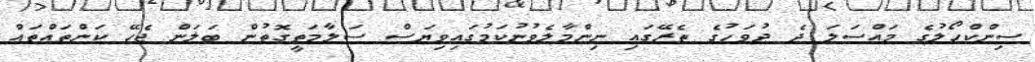
ސިންކްހޯލުގެ މައްސަލަ ދެ ދުވަހުގެ ތެރޭގައި ނިންމާލެވުނުކަމުގައިވިޔަސް ސަލާމަތީގޮތުން ބަލަން ޖެހޭ ކަންތައްތައް